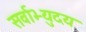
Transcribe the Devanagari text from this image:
सर्वाभ्युदय